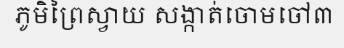
ភូមិព្រៃស្វាយ សង្កាត់ចោមចៅ៣